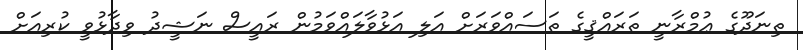
ތިނަދޫގެ ޢުމްރާނީ ތަރައްޤީގެ ތަސައްވަރަށް އަލި އަޅުވާލައްވަމުން ރައީސް ނަޝީދު ވިދާޅުވީ ކުރިއަށް